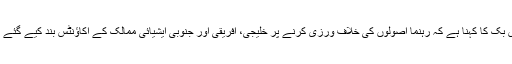
فیس بک کا کہنا ہے کہ رہنما اصولوں کی خلاف ورزی کرنے پر خلیجی، افریقی اور جنوبی ایشیائی ممالک کے اکاؤنٹس بند کیے گئے ہیں۔